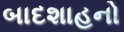
બાદશાહનો